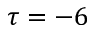
\tau = - 6